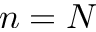
n = N